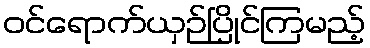
ဝင်ရောက်ယှဉ်ပြိုင်ကြမည့်